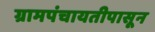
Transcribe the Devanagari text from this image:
ग्रामपंचायतीपासून